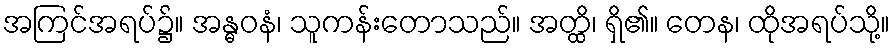
အကြင်အရပ်၌။ အန္ဓဝနံ၊ သူကန်းတောသည်။ အတ္ထိ၊ ရှိ၏။ တေန၊ ထိုအရပ်သို့။